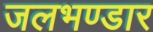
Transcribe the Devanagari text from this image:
जलभण्डार